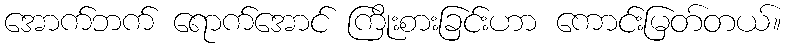
အောက်ဘက် ရောက်အောင် ကြိုးစားခြင်းဟာ ကောင်းမြတ်တယ်။